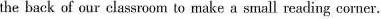
the back of our classroom to make a small reading corner.